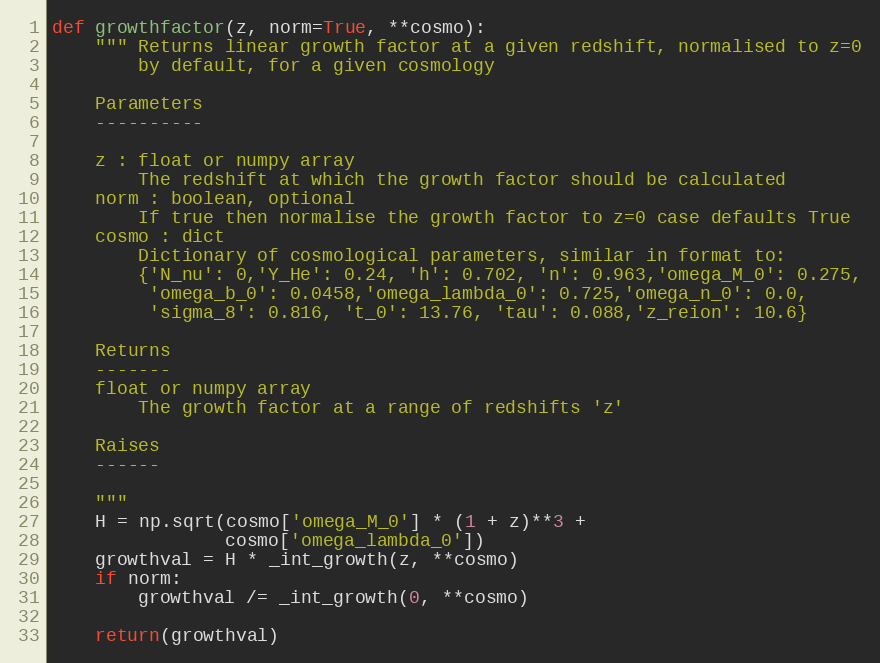
Language: Python
def growthfactor(z, norm=True, **cosmo):
    """ Returns linear growth factor at a given redshift, normalised to z=0
        by default, for a given cosmology

    Parameters
    ----------

    z : float or numpy array
        The redshift at which the growth factor should be calculated
    norm : boolean, optional
        If true then normalise the growth factor to z=0 case defaults True
    cosmo : dict
        Dictionary of cosmological parameters, similar in format to:
        {'N_nu': 0,'Y_He': 0.24, 'h': 0.702, 'n': 0.963,'omega_M_0': 0.275,
         'omega_b_0': 0.0458,'omega_lambda_0': 0.725,'omega_n_0': 0.0,
         'sigma_8': 0.816, 't_0': 13.76, 'tau': 0.088,'z_reion': 10.6}

    Returns
    -------
    float or numpy array
        The growth factor at a range of redshifts 'z'

    Raises
    ------

    """
    H = np.sqrt(cosmo['omega_M_0'] * (1 + z)**3 +
                cosmo['omega_lambda_0'])
    growthval = H * _int_growth(z, **cosmo)
    if norm:
        growthval /= _int_growth(0, **cosmo)

    return(growthval)